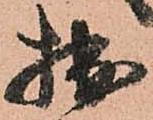
拙